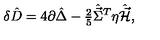
\delta \hat { D } = 4 \partial \hat { \Delta } - { \textstyle \frac { 2 } { 5 } } \hat { \vec { \Sigma } } { } ^ { T } \eta \hat { \vec { \cal H } } ,